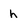
Character: h